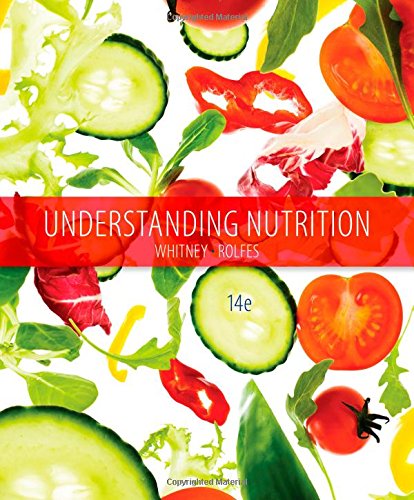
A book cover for Understanding Nutrition; Eleanor Noss Whitney; Science & Math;